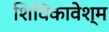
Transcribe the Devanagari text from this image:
शिविकावेश्म